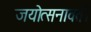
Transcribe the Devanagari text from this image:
जयोत्सनावती